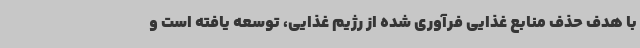
با هدف حذف منابع غذایی فرآوری شده از رژیم غذایی، توسعه یافته است و